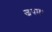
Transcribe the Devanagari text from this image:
जपम्‌।